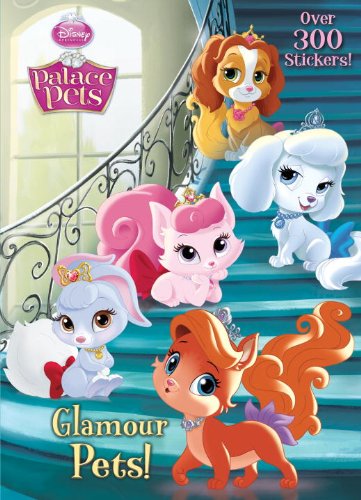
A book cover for Glamour Pets! (Disney Princess: Palace Pets) (Deluxe Stickerific); RH Disney; Children's Books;